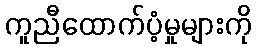
ကူညီထောက်ပံ့မှုများကို